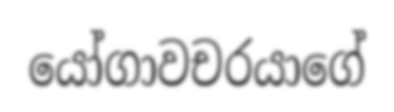
යෝගාවචරයාගේ